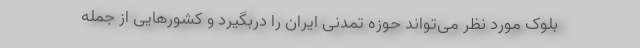
بلوک مورد نظر می‌تواند حوزه تمدنی ایران را دربگیرد و کشورهایی از جمله